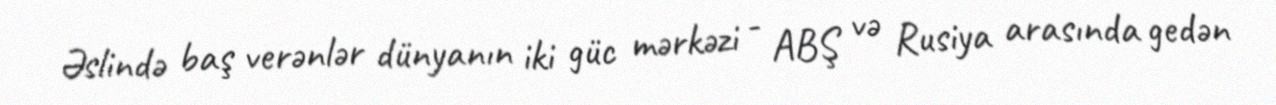
Əslində baş verənlər dünyanın iki güc mərkəzi - ABŞ və Rusiya arasında gedən